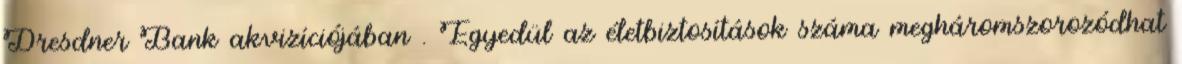
Dresdner Bank akvizíciójában . Egyedül az életbiztosítások száma megháromszorozódhat